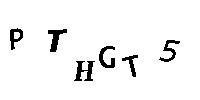
PTHGT5